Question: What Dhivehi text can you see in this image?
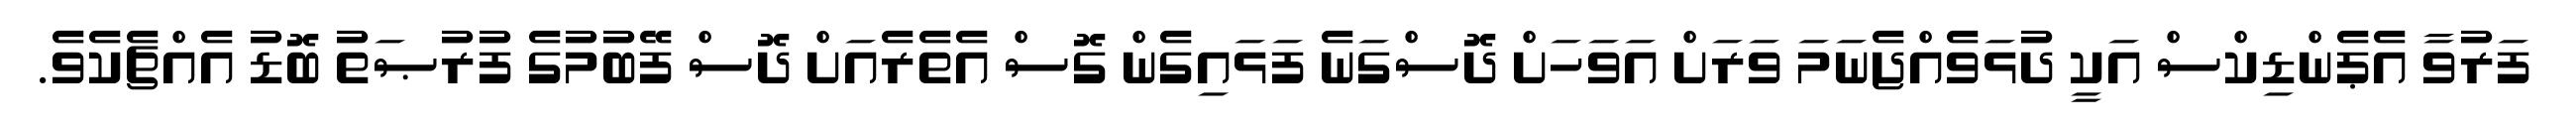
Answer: ފަރުވާ އެޕެންޑިކްސް އަކީ ދުޅަވެއްޖެނަމަ ވަރަށް އަވަހަށް ދޮސްގަނެ ފަޅައިގެން ގޮސް އެތެރެއަށް ދޮސް ފޭބުމުގެ ފުރުޞަތު ބޮޑު އެއްޗެކެވެ.